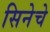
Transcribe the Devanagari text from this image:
सिनेचे